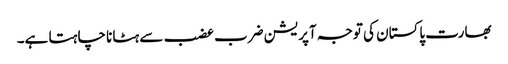
بھارت پاکستان کی توجہ آپریشن ضرب عضب سے ہٹانا چاہتا ہے۔